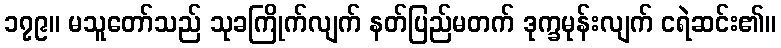
၁၇၉။ မသူတော်သည် သုခကြိုက်လျက် နတ်ပြည်မတက် ဒုက္ခမုန်းလျက် ငရဲဆင်း၏။